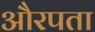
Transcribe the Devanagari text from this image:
औरपता